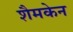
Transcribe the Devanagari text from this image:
शैमकेन